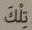
تلك